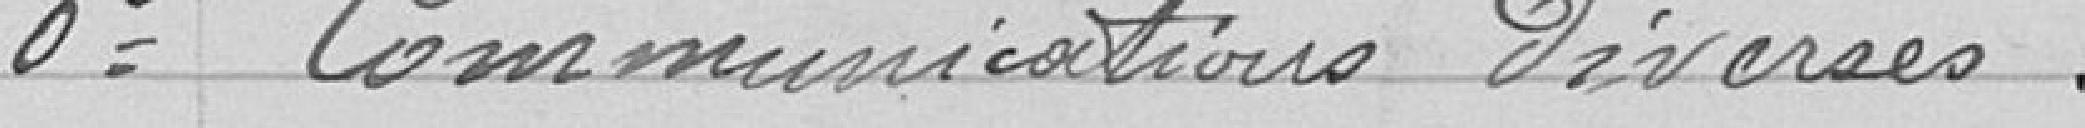
6 Communications diverses